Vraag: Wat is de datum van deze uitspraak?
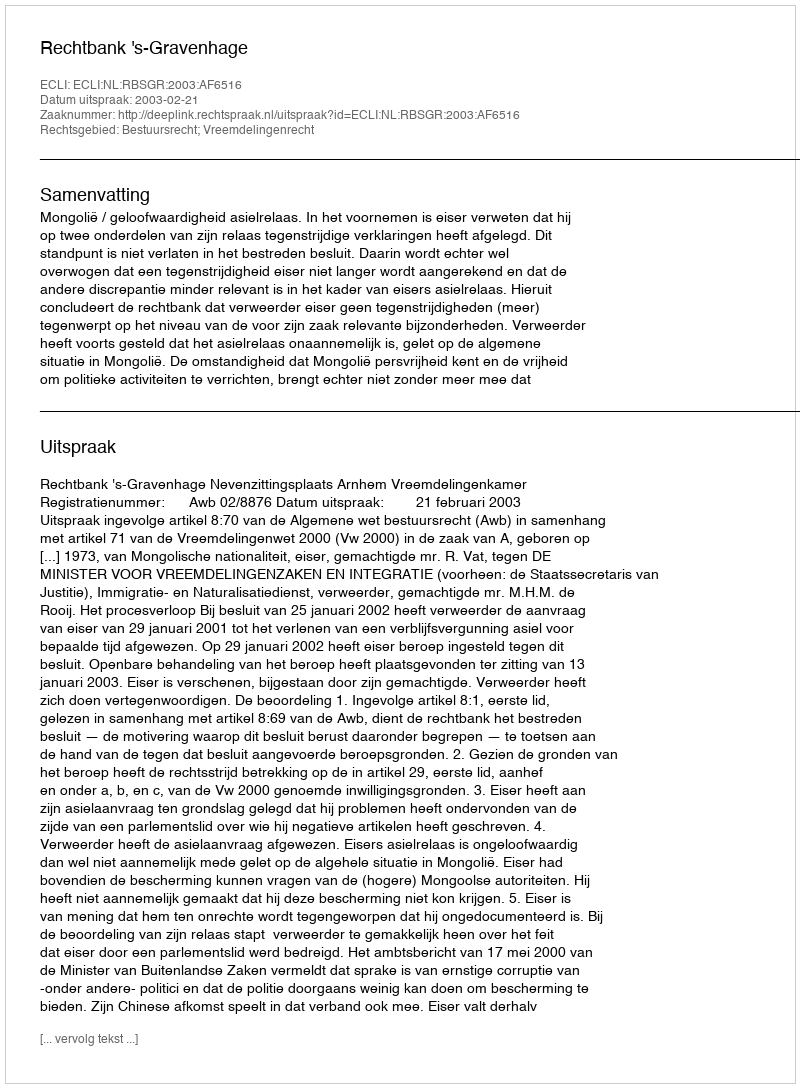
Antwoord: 2003-02-21